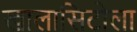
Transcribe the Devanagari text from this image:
खालासिटोला